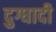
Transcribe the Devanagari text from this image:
दुग्धादी